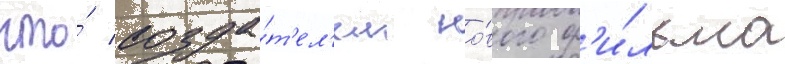
что́ созда́т'ел'ем но́вого ф'и́льма